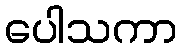
ပေါသကာ